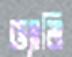
ড্যানি